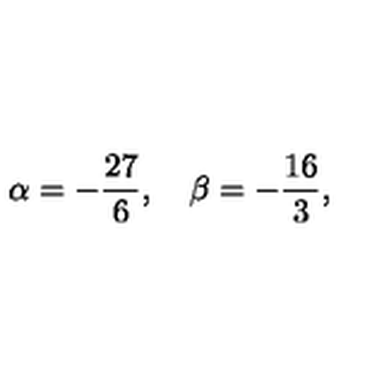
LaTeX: \alpha = - \frac { 2 7 } { 6 } , \quad \beta = - \frac { 1 6 } { 3 } ,